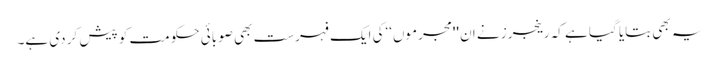
یہ بھی بتایا گیا ہے کہ رینجرز نے ان ''مجرموں‘‘کی ایک فہرست بھی صوبائی حکومت کو پیش کر دی ہے۔